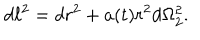
d \ell ^ { 2 } = d r ^ { 2 } + a ( t ) r ^ { 2 } d \Omega _ { 2 } ^ { 2 } .